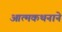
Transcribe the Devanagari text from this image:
आत्मकथनाने